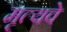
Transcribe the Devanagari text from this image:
मृत्यवे